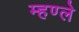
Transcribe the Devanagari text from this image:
म्हण्ले